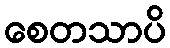
စေတသာပိ